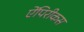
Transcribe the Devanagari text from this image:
ऐंपिरीकस